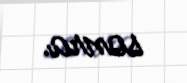
sonra.